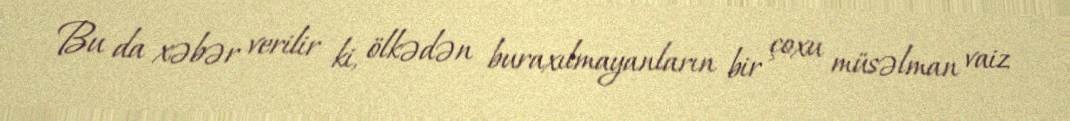
Bu da xəbər verilir ki, ölkədən buraxılmayanların bir çoxu müsəlman vaiz